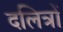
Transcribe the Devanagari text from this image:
दलित्रों